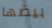
بيضها